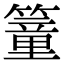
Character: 𥳘